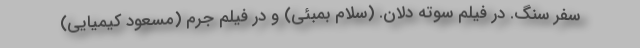
سفر سنگ. در فیلم سوته دلان. (سلام بمبئی) و در فیلم جرم (مسعود کیمیایی)